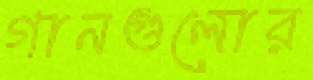
গানগুলোর